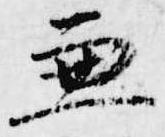
兼